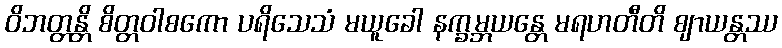
ဝိဘတ္တန္တိ စိတ္တဝါစကော ပရိသေသံ မယူခေါ နက္ခမ္ဘယန္တေ မရဟတီတိ ဈာယန္တဿ